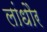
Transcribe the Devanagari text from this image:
लांधौर